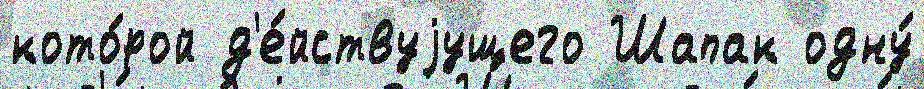
кото́рой д'е́йствуjущего Шапак одну́